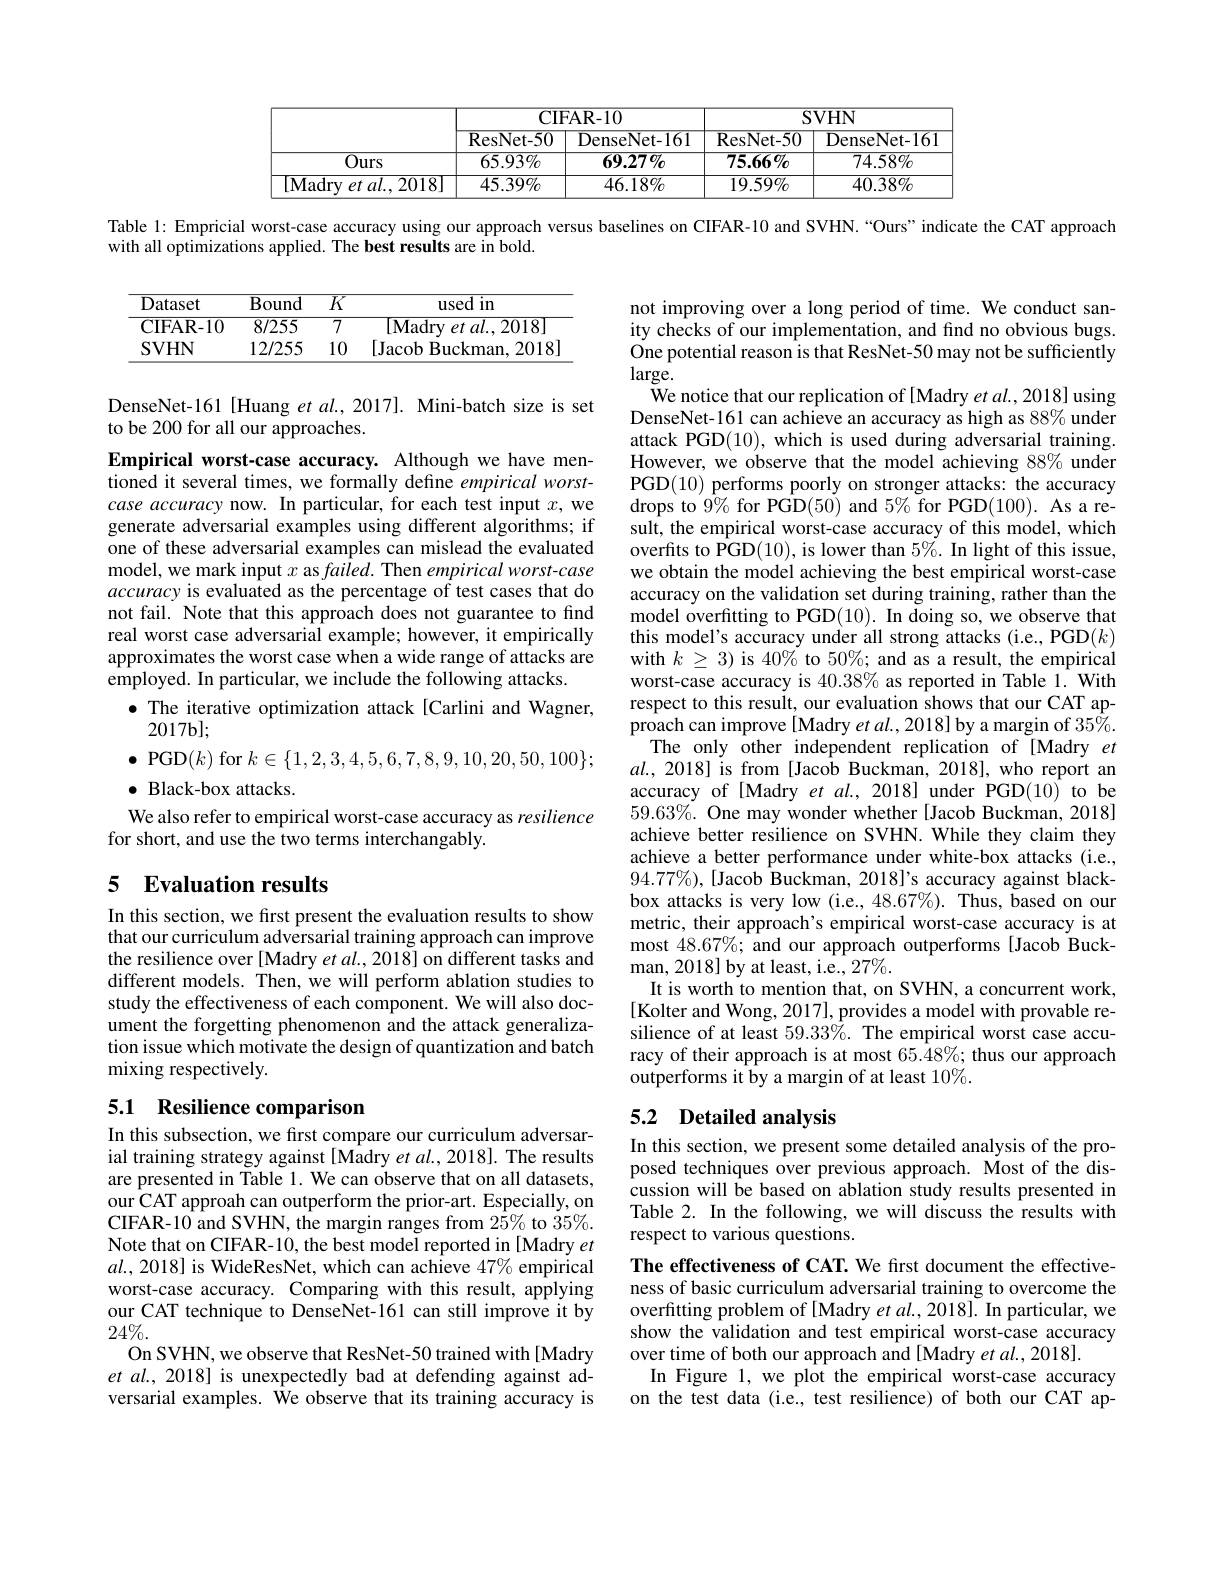
<table>
	<tbody>
		<tr>
			<th> </th>
			<th> </th>
			<th colspan="2">CIFAR- 10</th>
			<th rowspan="1">SVHN</th>
			<th> </th>
		</tr>
		<tr>
			<th> </th>
			<th> </th>
			<th>ResNet- 50</th>
			<th>DenseNet-161</th>
			<th>DenseNet-161</th>
			<th> </th>
		</tr>
		<tr>
			<td> </td>
			<td>Ours</td>
			<td>$65.93\%$</td>
			<td>$69.27\%$</td>
			<td>$74.58\%$</td>
			<td> </td>
		</tr>
		<tr>
			<td> </td>
			<td>[Madry et al.,2018]</td>
			<td>$45.39\%$</td>
			<td>$46.18\%$</td>
			<td>$40.38\%$</td>
			<td> </td>
		</tr>
	</tbody>
</table>

Table 1: Empricial worst-case accuracy using our approach versus baselines on CIFAR-10 and SVHN.“Ours” indicate the CAT approach

with all optimizations applied. The best results are in bold.

<table>
	<tbody>
		<tr>
			<th>Dataset</th>
			<th>Bound</th>
			<th>$\overline{K}$</th>
			<th>${\overline{usedin}}$</th>
		</tr>
		<tr>
			<td>CIFAR- 10</td>
			<td>8/255</td>
			<td>$\overline{7}$</td>
			<td>[Madry et al..2018]</td>
		</tr>
		<tr>
			<td>SVHN</td>
			<td>12/255</td>
			<td>10</td>
			<td>[Jacob Buckman, 2018</td>
		</tr>
	</tbody>
</table>

DenseNet-161 [Huang et al., 2017]. Mini-batch size is set
to be 200 for all our approaches.

Empirical worst-case accuracy. Although we have mentioned it several times, we formally define empirical worstcase accuracy now. In particular, for each test input $x$, we generate adversarial examples using different algorithms; if one of these adversarial examples can mislead the evaluated model, we mark input $x$ as failed. Then empirical worst-case accuracy is evaluated as the percentage of test cases that do not fail. Note that this approach does not guarantee to find real worst case adversarial example; however, it empirically approximates the worst case when a wide range of attacks are employed. In particular, we include the following attacks.
$\bullet$ The iterative optimization attack[Carlini and Wagner,
$2017b];$
$\bullet$ PGD$(k)$ for $k\in\{1,2,3,4,5,6,7,8,9,10,20,50,100\};$
$\bullet$ Black-box attacks.
We also refer to empirical worst-case accuracy as resilience
for short, and use the two terms interchangably.

not improving over a long period of time. We conduct sanity checks of our implementation, and find no obvious bugs. One potential reason is that ResNet-50 may not be sufficiently $large.$
We notice that our replication of [Madry et al., 2018] using DenseNet-161 can achieve an accuracy as high as $88\%$ under attack PGD(10), which is used during adversarial training. However, we observe that the model achieving 88% under PGD(10) performs poorly on stronger attacks: the accuracy drops to $9\%$ for PGD(50) and $5\%$ for PGD(100). As a result, the empirical worst-case accuracy of this model, which overfits to PGD(10), is lower than $5\%.$ In light of this issue, we obtain the model achieving the best empirical worst-case accuracy on the validation set during training, rather than the model overfitting to PGD(10). In doing so, we observe that this model's accuracy under all strong attacks (i.e., PGD$(k)$ with $k\geq3)$ is 40% to 50%; and as a result, the empirical worst-case accuracy is 40.38% as reported in Table 1. With respect to this result, our evaluation shows that our CAT ap- $\hat{\text{proach can improve[Madry }et\textit{al.,2018]by a margin of 35}\%}.$
The only other independent replication of [Madry et $al.,2018]$ is from [Jacob Buckman, 2018], who report an accuracy of [Madry et al., 2018] under PGD(10) to be $59.63\%.$ One may wonder whether [Jacob Buckman, 2018] achieve better resilience on SVHN. While they claim they achieve a better performance under white-box attacks (i.e., $94.77\%)$,[Jacob Buckman, 2018]'s accuracy against blackbox attacks is very low (i.e., 48.67%). Thus, based on our metric, their approach's empirical worst-case accuracy is at most $48.67\%;$ and our approach outperforms [Jacob Buckman, 2018] by at least, i.e., 27%.
It is worth to mention that, on SVHN, a concurrent work, [Kolter and Wong, 2017], provides a model with provable resilience of at least $59.33\%.$ The empirical worst case accuracy of their approach is at most $65.48\%;$ thus our approach outperforms it by a margin of at least 10%.
5.2 Detailed analysis

# 5 Evaluation results

In this section, we first present the evaluation results to show that our curriculum adversarial training approach can improve the resilience over [Madry et al., 2018] on different tasks and different models. Then, we will perform ablation studies to study the effectiveness of each component. We will also document the forgetting phenomenon and the attack generalization issue which motivate the design of quantization and batch mixing respectively.

## 5.1 Resilience comparison

In this subsection, we fırst compare our curriculum adversarial training strategy against [Madry $et\textit{al. , 2018}] .$ The results are presented in Table 1. We can observe that on all datasets, our CAT approah can outperform the prior-art. Especially, on CIFAR- 10 and SVHN, the margin ranges from 2$\tilde{5} \%$ to 35$\%$. Note that on CIFAR-10, the best model reported in [Madry et $al.,2018]$ is WideResNet, which can achieve $47\%$ empirical worst-case accuracy. Comparing with this result, applying our CAT technique to DenseNet-161 can still improve it by $24\%.$
On SVHN, we observe that ResNet-50 trained with[Madry et al., 2018] is unexpectedly bad at defending against adversarial examples. $\hat{\text{Weobservethatitstrainingaccuracyis}}$

In this section, we present some detailed analysis of the proposed techniques over previous approach. Most of the discussion will be based on ablation study results presented in Table 2. In the following, we will discuss the results with respect to various questions.
The effectiveness of CAT. We first document the effectiveness of basic curriculum adversarial training to overcome the overfitting problem of[Madry et al., 2018]. In particular, we show the validation and test empirical worst-case accuracy over time of both our approach and [Madry et al., 2018].
In Figure 1, we plot the empirical worst-case accuracy on the test data (i.e., test resilience) of both our CAT ap-